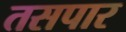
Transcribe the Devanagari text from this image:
तसपार